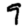
Digit: 9